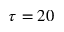
\tau = 2 0